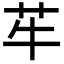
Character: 䒜